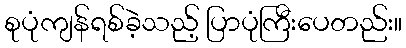
စုပုံကျန်ရစ်ခဲ့သည့် ပြာပုံကြီးပေတည်း။